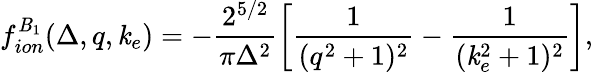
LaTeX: f_{ion}^{\mathit{B}_{1}}(\Delta,q,\mathit{k}_{e})=-\frac{{2^{5/2}}}{{\pi\Delta^{2}}}\left[\frac{{1}}{{(q^{2}+1)^{2}}}-\frac{{1}}{{(\mathit{k}_{e}^{2}+1)^{2}}}\right],